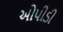
ઓપીડી